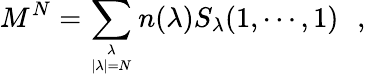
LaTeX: M^{N}=\sum_{{\lambda\atop|\lambda|=N}}n(\lambda)S_{\lambda}(1,\cdots,1)\, \, \, \, ,